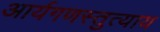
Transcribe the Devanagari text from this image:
आर्यगणस्तुत्याय